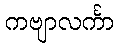
ကဗျာလင်္ကာ